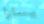
يسارا